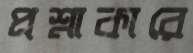
প্রশ্নাকারে